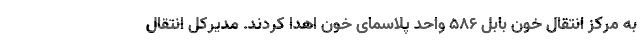
به مرکز انتقال خون بابل ۵۸۶ واحد پلاسمای خون اهدا کردند. مدیرکل انتقال